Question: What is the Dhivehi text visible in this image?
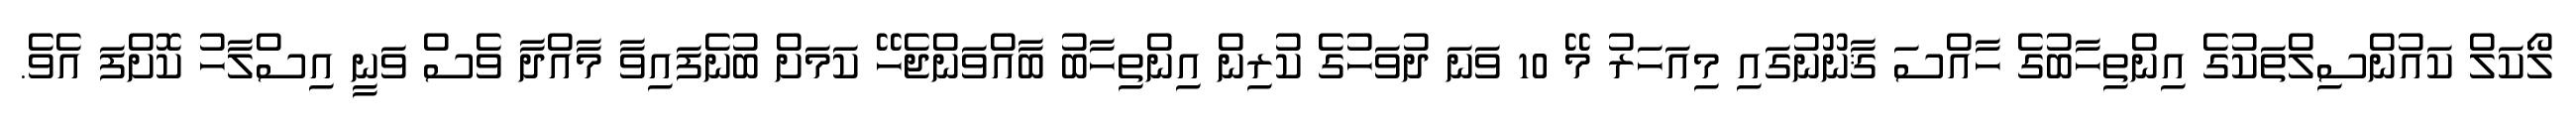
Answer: ލޯކަލް ކައުންސިލްތަކުގެ އިންތިހާބުގެ ހާއްސަ ޤާނޫނުގައި މިއަހަރު މޭ 10 ވަނަ ދުވަހުގެ ކުރިން އިންތިހާބު ބާއްވަންޖެހޭ ކަމަށް ބުނެފައިވާ މާއްދާ ވެސް ވަނީ އިސްލާހު ކޮށްފަ އެވެ.